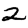
Digit: 2